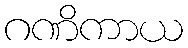
ဂဏိကာယ